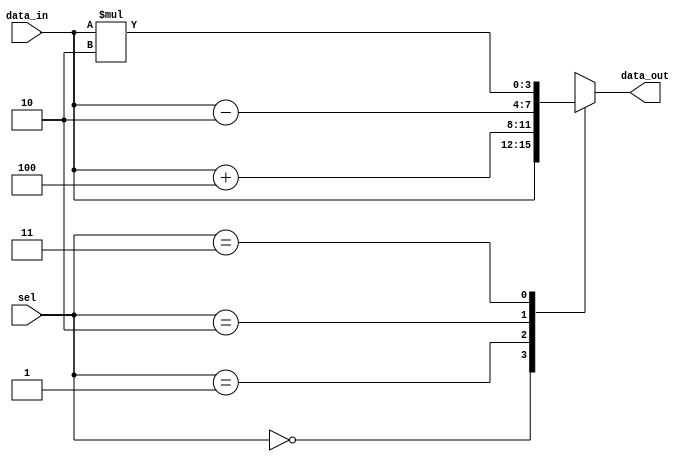
module case_statement_example (
    input [1:0] sel,
    input [3:0] data_in,
    output reg [3:0] data_out
);

always @ (sel, data_in)
begin
    case (sel)
        2'b00: data_out = data_in; // Assign data_in to data_out when sel is 00
        2'b01: data_out = data_in + 4; // Assign data_in + 4 to data_out when sel is 01
        2'b10: data_out = data_in - 2; // Assign data_in - 2 to data_out when sel is 10
        2'b11: data_out = data_in * 2; // Assign data_in * 2 to data_out when sel is 11
    endcase
end

endmodule